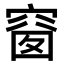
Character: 𥦬